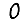
Digit: 0